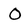
Character: O